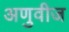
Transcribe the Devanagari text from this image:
अणुवीज